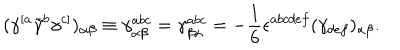
LaTeX: ( \gamma ^ { [ a } \tilde { \gamma } ^ { b } \gamma ^ { c ] } ) _ { \alpha \beta } \equiv \gamma _ { \alpha \beta } ^ { a b c } = \gamma _ { \beta \alpha } ^ { a b c } = - { \frac { 1 } { 6 } } \epsilon ^ { a b c d e f } ( \gamma _ { d e f } ) _ { \alpha \beta } .